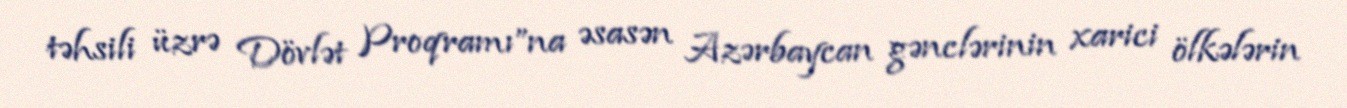
təhsili üzrə Dövlət Proqramı”na əsasən Azərbaycan gənclərinin xarici ölkələrin